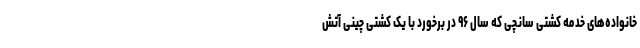
خانواده‌های خدمه کشتی سانچی که سال ۹۶ در برخورد با یک کشتی چینی آتش